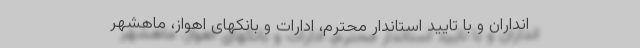
انداران و با تایید استاندار محترم، ادارات و بانکهای اهواز، ماهشهر